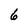
Character: 6